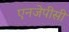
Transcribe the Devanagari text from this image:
एनजेपीसी